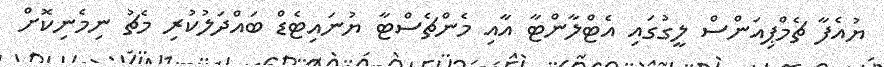
ޔުއެފާ ޗެމްޕިއަންސް ލީގުގައި އެޓްލާންޓާ އާއި މެންޗެސްޓާ ޔުނައިޓެޑް ބައްދަލުކުރި މެޗު ނިމެނިކޮށް